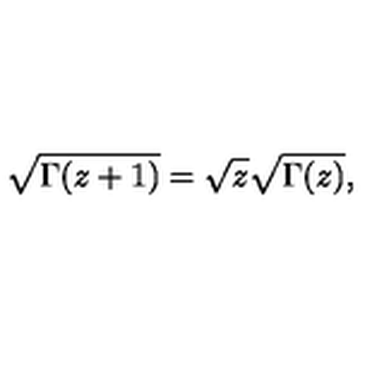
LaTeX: \sqrt { \Gamma ( z + 1 ) } = \sqrt z \sqrt { \Gamma ( z ) } ,